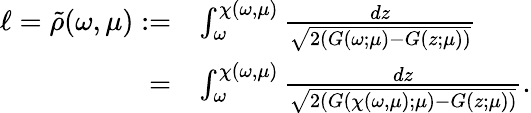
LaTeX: \begin{array}{rl}{\ell=\tilde{\rho}(\omega,\mu):=}&{\int_{\omega}^{\chi(\omega,\mu)}\frac{dz}{\sqrt{2(G(\omega;\mu)-G(z;\mu))}}}\\ {=}&{\int_{\omega}^{\chi(\omega,\mu)}\frac{dz}{\sqrt{2(G(\chi(\omega,\mu);\mu)-G(z;\mu))}}.}\end{array}